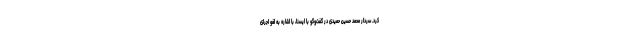
کرد. سردار محمد حسین حمیدی در گفت‌وگو با ایسنا، با اشاره به لغو اجرای